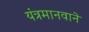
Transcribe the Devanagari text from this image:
यंत्रमानवाने